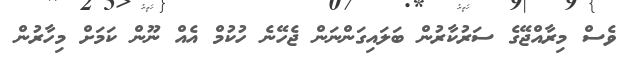
ވެސް މިރާއްޖޭގެ ސަރުކާރުން ބަލައިގަންނަން ޖެހޭނެ ހުކުމް އެއް ނޫން ކަމަށް މިހާރުން